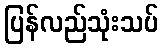
ပြန်လည်သုံးသပ်